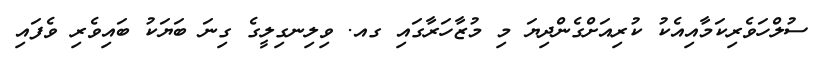
ސުލްހަވެރިކަމާއިއެކު ކުރިއަށްގެންދިޔަ މި މުޒާހަރާގައި ގއ. ވިލިނގިލީގެ ގިނަ ބަޔަކު ބައިވެރި ވެފައި